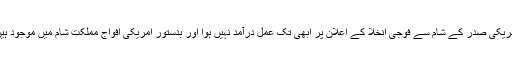
امریکی صدر کے شام سے فوجی انخلا کے اعلان پر ابھی تک عمل درآمد نہیں ہوا اور بدستور امریکی افواج مملکت شام میں موجود ہیں۔